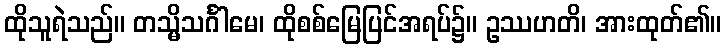
ထိုသူရဲသည်။ တသ္မိသင်္ဂါမေ၊ ထိုစစ်မြေပြင်အရပ်၌။ ဥဿဟတိ၊ အားထုတ်၏။